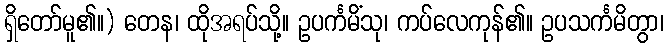
ရှိတော်မူ၏။) တေန၊ ထိုအရပ်သို့။ ဥပင်္ကမိံသု၊ ကပ်လေကုန်၏။ ဥပသင်္ကမိတွာ၊